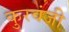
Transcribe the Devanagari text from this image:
कुरवंजी